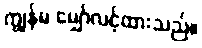
ကျွန်မ မျှော်လင့်ထားသည်။